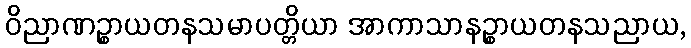
ဝိညာဏဉ္စာယတနသမာပတ္တိယာ အာကာသာနဉ္စာယတနသညာယ,